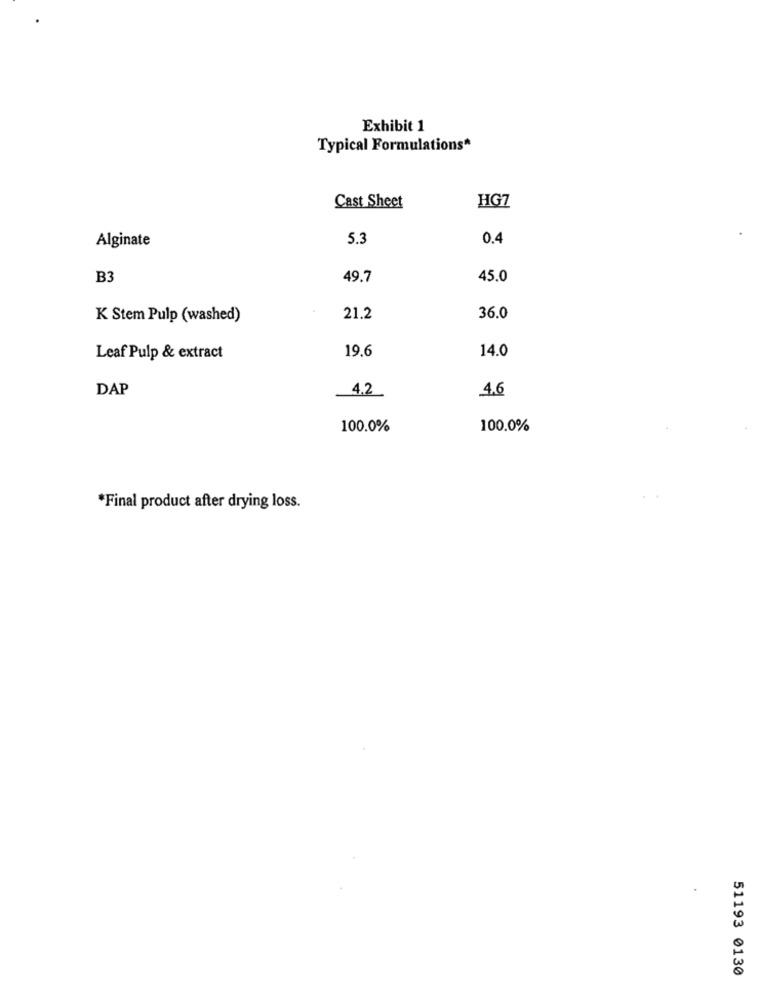
Exhibit 1
Typical Formulations*
HG7
Cast Sheet
Alginate
5.3
0.4
B3
49.7
45.0
K Stem Pulp (washed)
21.2
36.0
19.6
14.0
Leaf Pulp & extract
DAP
42
4.6
100.0%
100.0%
*Final product after drying loss.
51193 0130